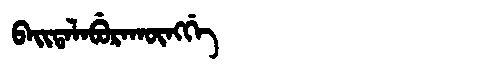
Manchu: ᠪᠠᡳᡨᠠᠯᠠᠪᡠᡵᠠᡴᡡᠩᡤᡝ
Romanization: BAITALABURAKŪNGGE